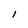
Character: l